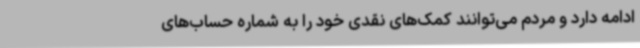
ادامه دارد و مردم می‌توانند کمک‌های نقدی خود را به شماره حساب‌های